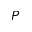
P